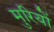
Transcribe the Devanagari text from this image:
मुरियों